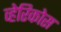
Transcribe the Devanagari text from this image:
व्हेरिकोस